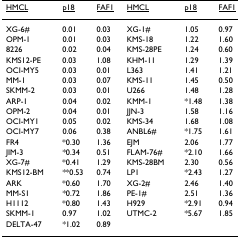
| <underline>HMCL</underline> | <underline>p18</underline> | <underline>FAF1</underline> | <underline>HMCL</underline> | <underline>p18</underline> | <underline>FAF1</underline> |
 | --- | --- | --- | --- | --- | --- |
 | XG-6# | 0.01 | 0.03 | XG-1# | 1.05 | 0.97 |
 | OPM-1 | 0.01 | 0.03 | KMS-18 | 1.22 | 1.60 |
 | 8226 | 0.02 | 0.04 | KMS-28PE | 1.24 | 0.60 |
 | KMS12-PE | 0.03 | 1.08 | KHM-11 | 1.29 | 1.39 |
 | OCI-MY5 | 0.03 | 0.01 | L363 | 1.41 | 1.21 |
 | MM-1 | 0.03 | 0.07 | KMS-11 | 1.45 | 0.50 |
 | SKMM-2 | 0.03 | 0.01 | U266 | 1.48 | 1.28 |
 | ARP-1 | 0.04 | 0.02 | KMM-1 | *1.48 | 1.38 |
 | OPM-2 | 0.04 | 0.01 | JJN-3 | 1.58 | 1.16 |
 | OCI-MY1 | 0.05 | 0.02 | KMS-34 | 1.68 | 1.08 |
 | OCI-MY7 | 0.06 | 0.38 | ANBL6# | *1.75 | 1.61 |
 | FR4 | *0.30 | 1.36 | EJM | 2.06 | 1.77 |
 | JIM-3 | *0.34 | 0.51 | FLAM-76# | *2.10 | 1.66 |
 | XG-7# | *0.41 | 1.29 | KMS-28BM | 2.30 | 0.56 |
 | KMS12-BM | **0.53 | 0.74 | LP1 | *2.43 | 1.27 |
 | ARK | *0.60 | 1.70 | XG-2# | 2.46 | 1.40 |
 | MM-S1 | *0.72 | 1.86 | PE-1# | 2.51 | 1.36 |
 | H1112 | *0.80 | 1.43 | H929 | *2.91 | 0.94 |
 | SKMM-1 | 0.97 | 1.02 | UTMC-2 | *5.67 | 1.85 |
 | DELTA-47 | *1.02 | 0.89 |  |  |  |